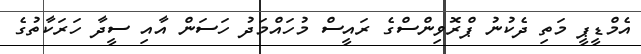
އެމްޑީޕީ މަތި ދެކުނު ޕްރޮވިންސްގެ ރައީސް މުހައްމަދު ހަސަން އާއި ސީދާ ހަރަކާތުގެ